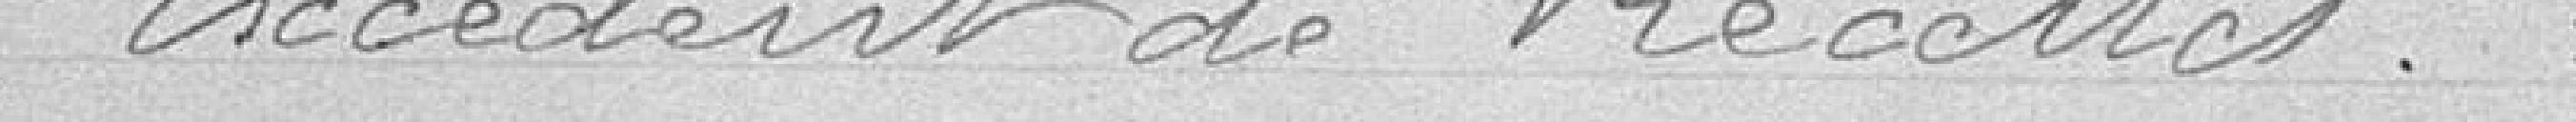
excédent de recettes